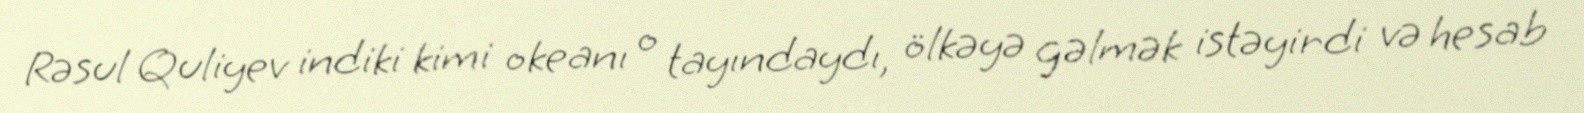
Rəsul Quliyev indiki kimi okeanı o tayındaydı, ölkəyə gəlmək istəyirdi və hesab